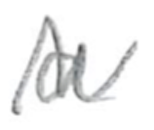
Text: a
Cross-out: zig-zag
Writing tool: pencil